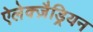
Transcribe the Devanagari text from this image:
ऐलेक्ज़ैड्रियन